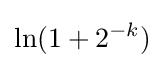
\ln(1+2^{-k})